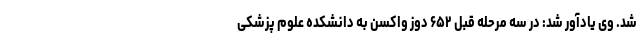
شد. وی یادآور شد: در سه مرحله قبل ۶۵۲ دوز واکسن به دانشکده علوم پزشکی